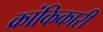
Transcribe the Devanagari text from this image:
क्रांकिकारी